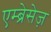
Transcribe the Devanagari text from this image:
एम्ब्रेसेज़